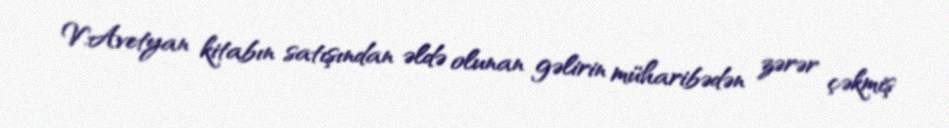
V.Avetyan kitabın satışından əldə olunan gəlirin müharibədən zərər çəkmiş